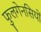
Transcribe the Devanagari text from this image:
फुलगेनसियों